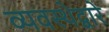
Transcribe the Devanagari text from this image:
व्यवस्थेद्वारे